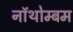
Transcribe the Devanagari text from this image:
नॉथोम्बम